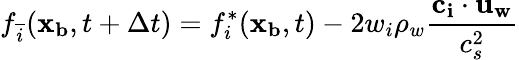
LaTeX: f_{\overline{{i}}}(\mathbf{x_{b}},t+\Delta t)=f_{i}^{*}(\mathbf{x_{b}},t)-2w_{i}\rho_{w}\frac{\mathbf{c_{i}}\cdot\mathbf{u_{w}}}{c_{s}^{2}}